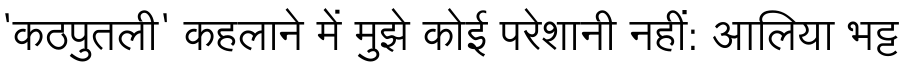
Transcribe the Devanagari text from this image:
'कठपुतली' कहलाने में मुझे कोई परेशानी नहीं: आलिया भट्ट